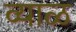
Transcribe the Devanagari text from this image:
व्याळ